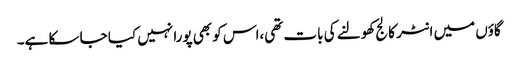
گاؤں میں انٹر کالج کھولنے کی بات تھی،اس کو بھی پورا نہیں کیا جا سکا ہے۔